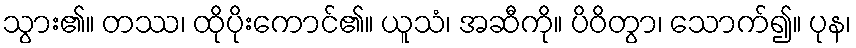
သွား၏။ တဿ၊ ထိုပိုးကောင်၏။ ယူသံ၊ အဆီကို။ ပိဝိတွာ၊ သောက်၍။ ပုန၊